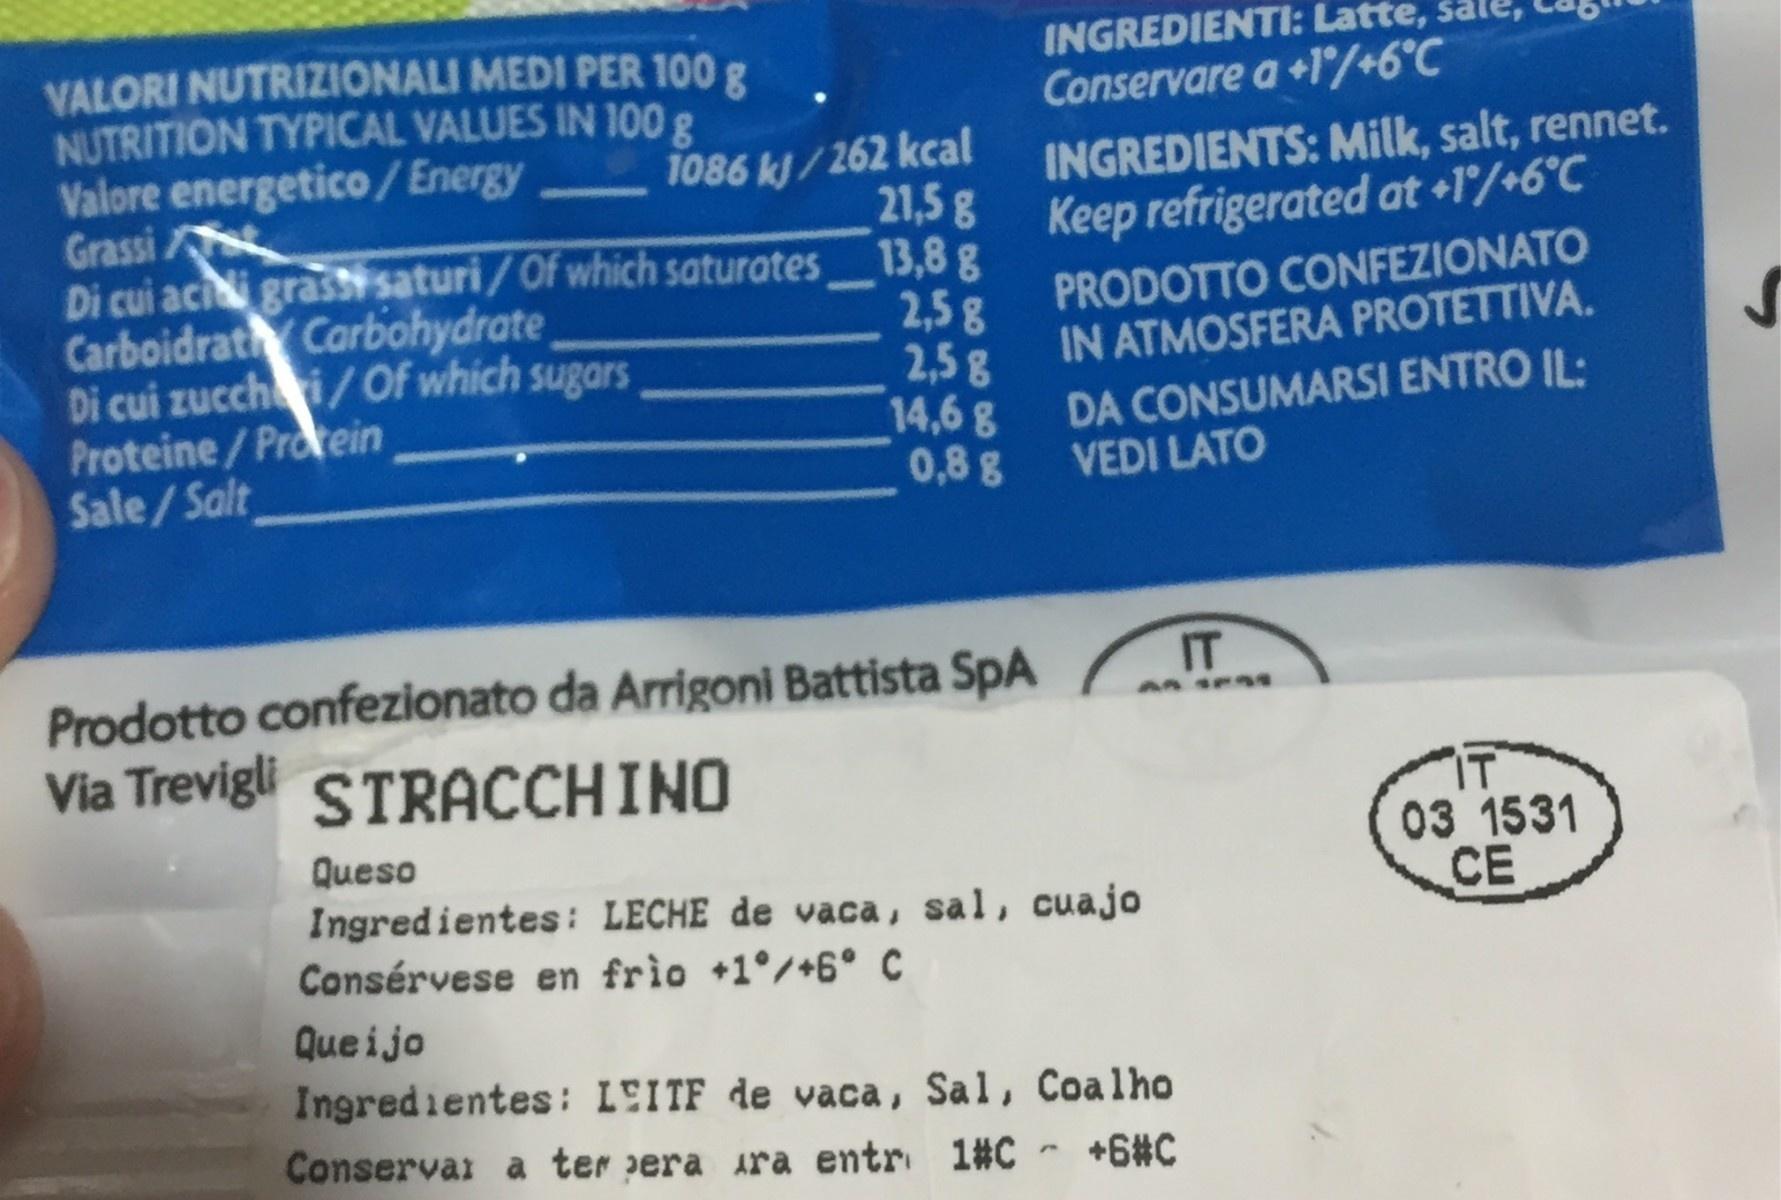
INGREDIENTI: Latte, Conservare a +1/+6°C VALORI NUTRIZIONALI MEDI PER 100 g NUTRITION TYPICAL VALUES IN 100 g Valore energetico/ Energy Grassi Di cui aci grasssaturi/Of which saturates_13,8 g Carboidrat Carbohydrate Di cui zucchi/Of which sugars Proteine/Protein Sale/Salt 1086 kj /262 kcal 21,5g INGREDIENTS: Milk, salt, rennet. Keep refrigerated at +1/+6°C 2,5 g 2,58 14,6 g 0,8g PRODOTTO CONFEZIONATO IN ATMOSFERA PROTETTIVA. DA CONSUMARSI ENTRO IL: VEDI LATO IT Prodotto confezionato da Arrigoni Battista SpA Via Trevigli STRACCHINO AM SPRs Queso Ingredientes: LECHE de vaca, sal, cuajo Consérvese en frìo +1°/+6° C IT 03 1531 CE Que ijo Ingredientes: LEITF de vaca, Sal, Coalho Conservar a ter pera ara entr 1#C +6#C